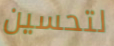
لتحسين